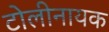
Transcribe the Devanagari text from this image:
टोलीनायक